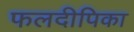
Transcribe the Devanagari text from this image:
फलदीपिका